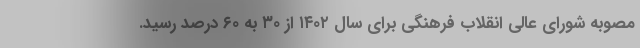
مصوبه شورای عالی انقلاب فرهنگی برای سال ۱۴۰۲ از ۳۰ به ۶۰ درصد رسید.